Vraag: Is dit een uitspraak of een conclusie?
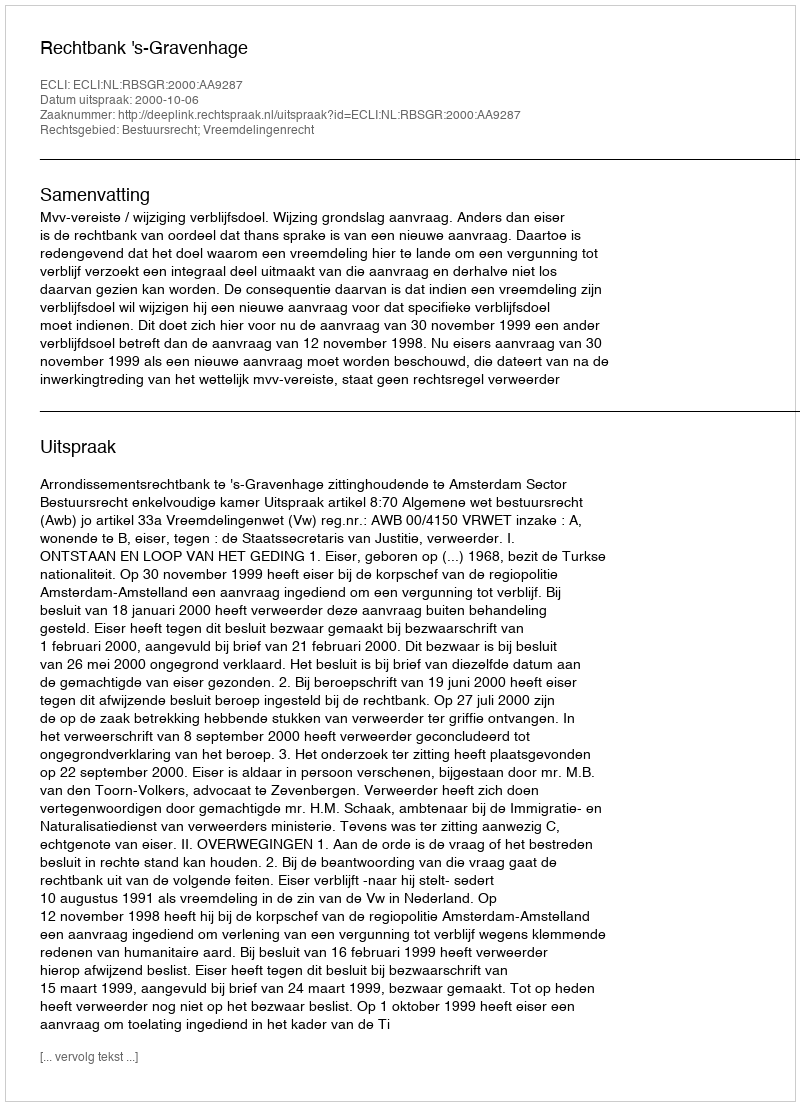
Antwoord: Uitspraak